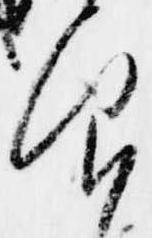
仰